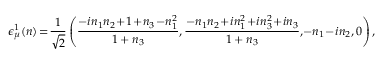
\epsilon _ { \mu } ^ { 1 } ( n ) \! = \! { \frac { 1 } { \sqrt { 2 } } } \left( { \frac { - i n _ { 1 } n _ { 2 } \! + \! 1 \! + \! n _ { 3 } \! - \! n _ { 1 } ^ { 2 } } { 1 + n _ { 3 } } } , { \frac { - n _ { 1 } n _ { 2 } \! + \! i n _ { 1 } ^ { 2 } \! + \! i n _ { 3 } ^ { 2 } \! + \! i n _ { 3 } } { 1 + n _ { 3 } } } , \! - n _ { 1 } \! - \! i n _ { 2 } , 0 \right) ,